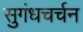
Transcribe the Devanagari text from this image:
सुगंधचर्चन